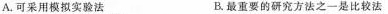
A.可采用模拟实验法 B.最重要的研究方法之一是比较法